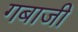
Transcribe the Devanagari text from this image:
गबाजी